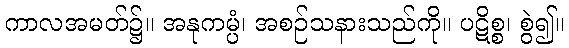
ကာလအမတ်၌။ အနုကမ္ပံ၊ အစဉ်သနားသည်ကို။ ပဋိစ္စ၊ စွဲ၍။